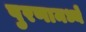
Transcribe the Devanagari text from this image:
पुरणामध्ये